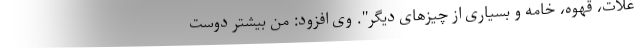
غلات، قهوه، خامه و بسیاری از چیزهای دیگر". وی افزود: من بیشتر دوست